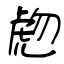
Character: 虝